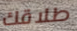
طلاقك